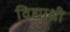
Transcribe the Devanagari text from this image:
विद्याश्री